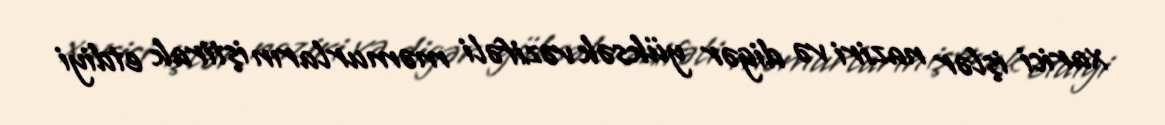
xarici işlər naziri və digər yüksək vəzifəli məmurların iştirak etdiyi